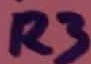
Text: R3